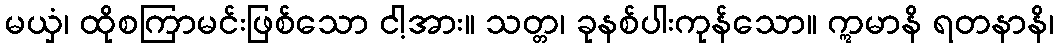
မယှံ၊ ထိုစကြာမင်းဖြစ်သော ငါ့အား။ သတ္တ၊ ခုနစ်ပါးကုန်သော။ ဣမာနိ ရတနာနိ၊